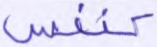
كنفس